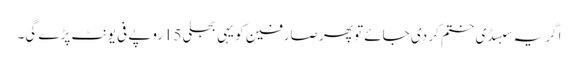
اگر یہ سبسڈی ختم کر دی جائے تو پھر صارفین کو یہی بجلی15روپے فی یونٹ پڑے گی۔